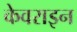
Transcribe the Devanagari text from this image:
केवराइन